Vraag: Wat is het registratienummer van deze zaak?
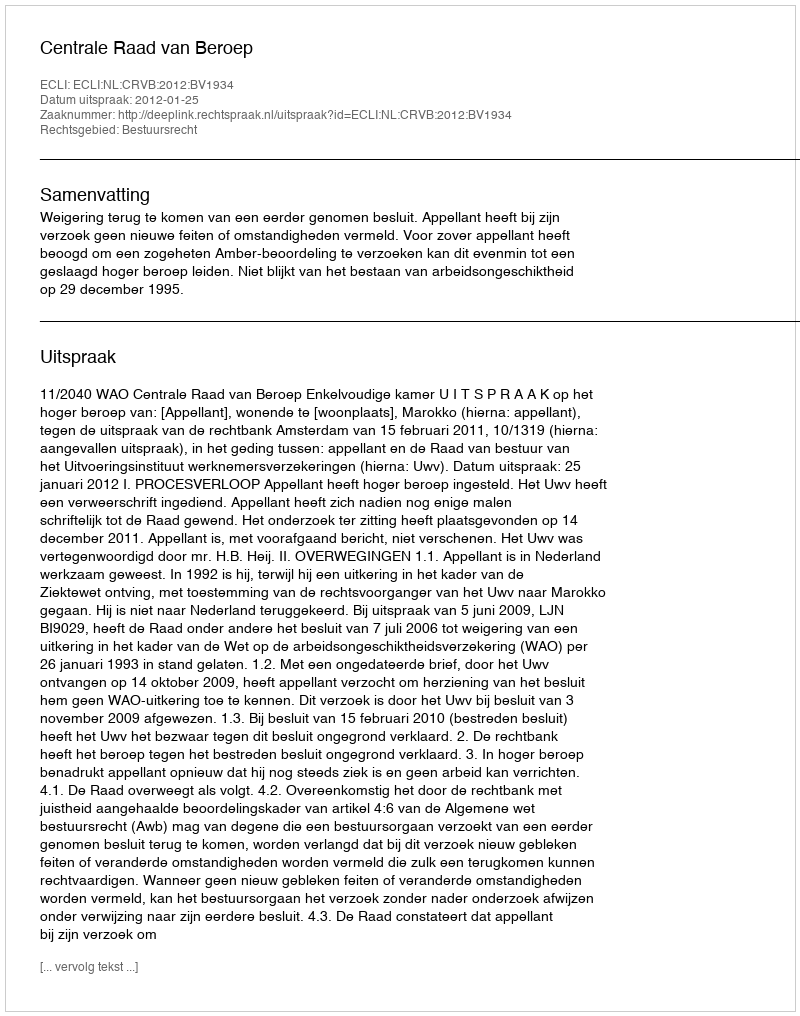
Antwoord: http://deeplink.rechtspraak.nl/uitspraak?id=ECLI:NL:CRVB:2012:BV1934